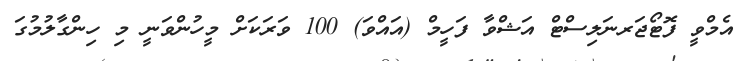
އެމްވީ ފޮޓޯޖަރނަލިސްޓް އަޝްވާ ފަހީމް (އައްވަ) 100 ވަރަކަށް މީހުންވަނީ މި ހިންގާލުމުގަ